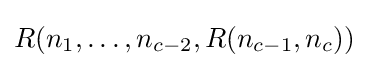
R(n_{1},\dots ,n_{c-2},R(n_{c-1},n_{c}))